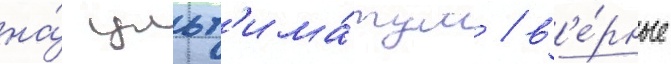
на́ ульт'има́тум / в'е́рные